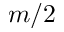
m / 2